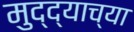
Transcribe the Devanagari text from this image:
मुद्द्याच्‍या